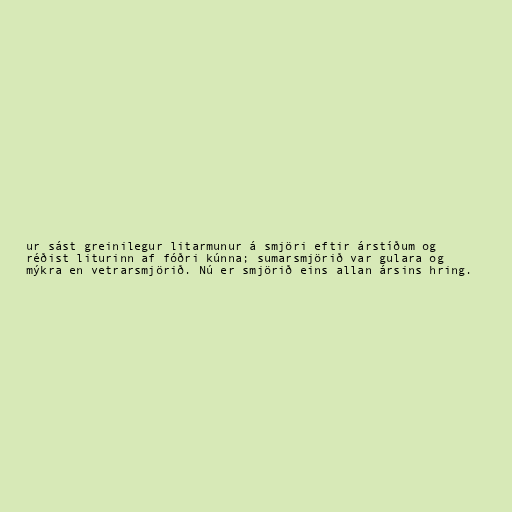
ur sást greinilegur litarmunur á smjöri eftir árstíðum og
réðist liturinn af fóðri kúnna; sumarsmjörið var gulara og
mýkra en vetrarsmjörið. Nú er smjörið eins allan ársins hring.